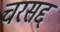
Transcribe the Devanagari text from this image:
चरसद्द